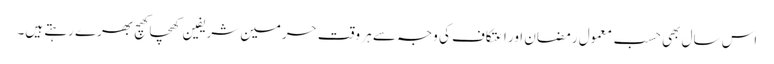
اس سال بھی حسب معمول رمضان اور اعتکاف کی وجہ سے ہر وقت حرمین شریفین کھچا کھچ بھرے رہتے ہیں۔